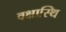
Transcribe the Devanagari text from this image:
वक्षास्थि